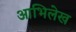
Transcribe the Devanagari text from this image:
आभिलेख